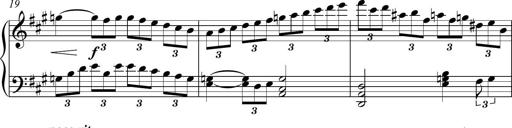
Title: Piano Sonatina in A major
Composer: Z Q Sysmoebius
Key: A major